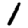
Digit: 1